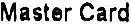
MASTER CARD